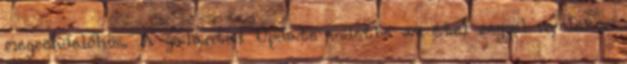
megrendelőhöz. A galántai Update üzletbe az étel reggel nyolckor